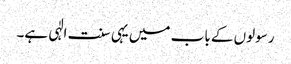
رسولوں کے باب میں یہی سنت الٰہی ہے۔